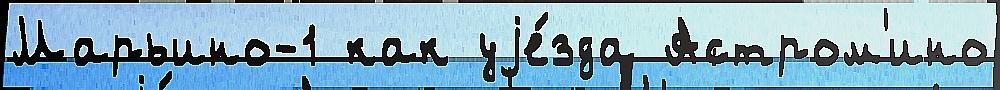
Марьино-1 как уjе́зда Астром'ино